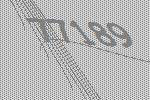
77189